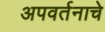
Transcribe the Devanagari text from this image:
अपवर्तनाचे